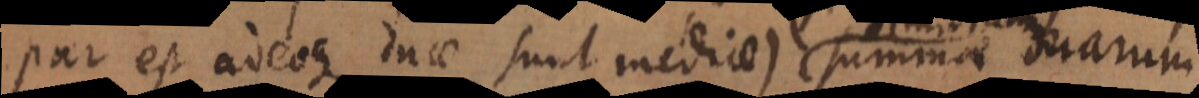
par est adeoque duae sunt mediae) summa duarum